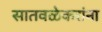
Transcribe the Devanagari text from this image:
सातवळेकरांना